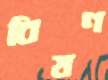
বিষণ